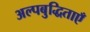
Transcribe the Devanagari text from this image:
अल्पबुद्धिताएँ